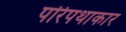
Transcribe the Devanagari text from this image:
परिपथाकार